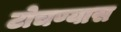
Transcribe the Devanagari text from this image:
टोचण्यास